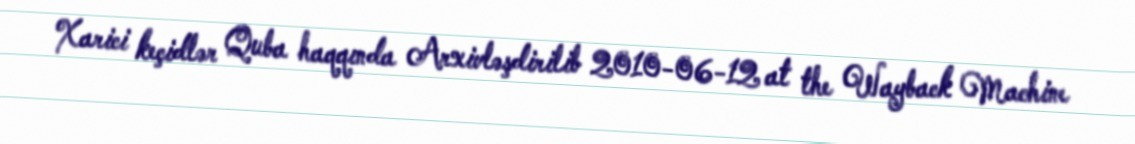
Xarici keçidlər Quba haqqında Arxivləşdirilib 2010-06-12 at the Wayback Machine